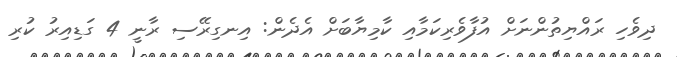
ދިވެހި ރައްޔިތުންނަށް އުފާވެރިކަމާއި ކާމިޔާބަށް އެދެން: އިނގިރޭސި ރާނީ 4 ގަޑިއިރު ކުރި